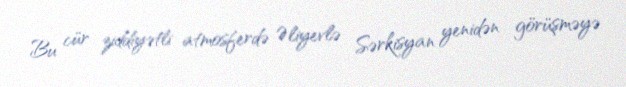
Bu cür ziddiyətli atmosferdə Əliyevlə Sərkisyan yenidən görüşməyə